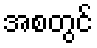
အစတွင်